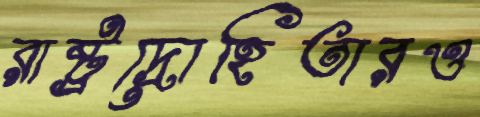
রাষ্ট্রদ্রোহিতারও